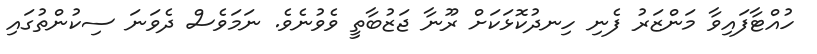
ހުއްޓާފައިވާ މަންޒަރު ފެނި ހިނދުކޮޅަކަށް ރޫނާ ޖަޒުބާތީ ވެވުނެވެ. ނަމަވެސް ދެވަނަ ސިކުންތުގައި